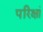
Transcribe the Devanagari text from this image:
परिक्षां